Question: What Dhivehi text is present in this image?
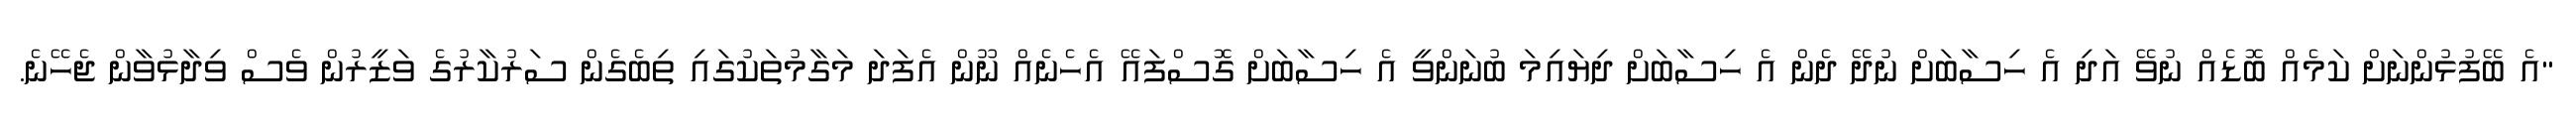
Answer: "އެ ބޭފުޅުންނަށް ކަމެއް ބޮޑެއް ނުވޭ އަދި އެ ހިސާބަށް ނުދޭ ދެން އެ ހިސާބަށް ދިޔައިމަ ބުނަންވީ އެ ހިސާބަށް ގޮސްފައޭ އެހެނެއް ނޫން އެފަދަ މަގާމުތަކުގައި ތިބެގެން ސަރުކާރުގެ ވަޒީރުން ވެސް ވިދާޅުވާން ޖެހޭނެ.